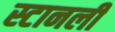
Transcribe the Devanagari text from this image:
स्टानली